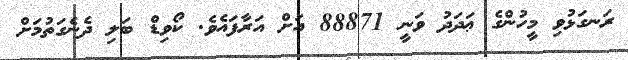
ރަނގަޅުވި މީހުންގެ ޢަދަދު ވަނީ 88871 އަށް އަރާފައެވެ. ކޯވިޑް ބަލި ދެނެގަތުމަށް